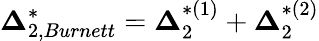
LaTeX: {\boldsymbol{\Delta}}_{2,Burnett}^{*}={\boldsymbol{\Delta}}_{2}^{*(1)}+{\boldsymbol{\Delta}}_{2}^{*(2)}